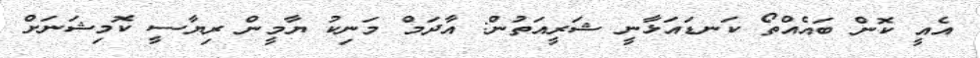
އެއީ ކޮން ބައެއްތޯ ކަނޑައަޅާނީ ޝަރީއަތުން: އާދަމް މަނިކު ޔާމީން ރިޔާސީ ކޮމިޝަނަށް